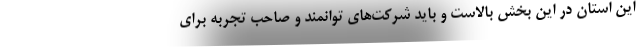
این استان در این بخش بالاست و باید شرکت‌های توانمند و صاحب تجربه برای